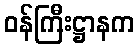
ဝန်ကြီးဋ္ဌာနက